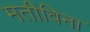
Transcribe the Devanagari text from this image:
मतीविना